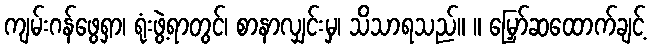
ကျမ်းဂန်ဖွေရှာ၊ ရုံးဖွဲ့ရာတွင်၊ စာနာလျှင်းမှ၊ သိသာရသည်။ ။ မြှော်ဆထောက်ချင့်